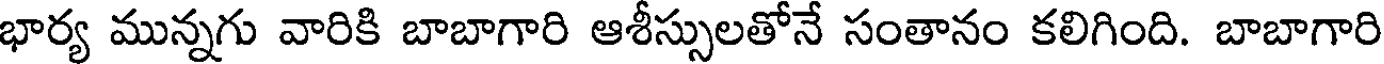
భార్య మున్నగు వారికి బాబాగారి ఆశీస్సులతోనే సంతానం కలిగింది. బాబాగారి